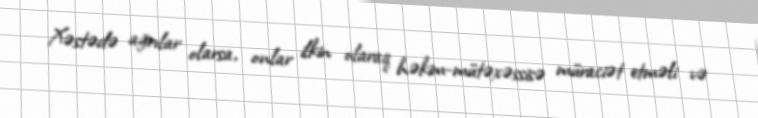
Xəstədə ağrılar olarsa, onlar ilkin olaraq həkim-mütəxəssisə müraciət etməli və